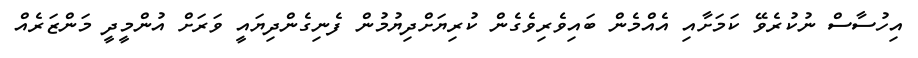
އިހުސާސް ނުކުރެވޭ ކަމަށާއި އެއްމެން ބައިވެރިވެގެން ކުރިޔަށްދިޔުމުން ފެނިގެންދިޔައީ ވަރަށް އުންމީދީ މަންޒަރެއް